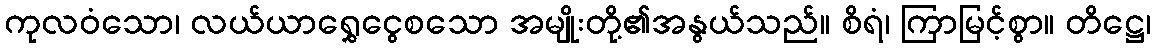
ကုလဝံသော၊ လယ်ယာရွှေငွေစသော အမျိုးတို့၏အနွယ်သည်။ စိရံ၊ ကြာမြင့်စွာ။ တိဋ္ဌေ၊